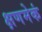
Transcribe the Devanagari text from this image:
क्षणमेकं